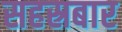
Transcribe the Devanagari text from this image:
सहस्रबार